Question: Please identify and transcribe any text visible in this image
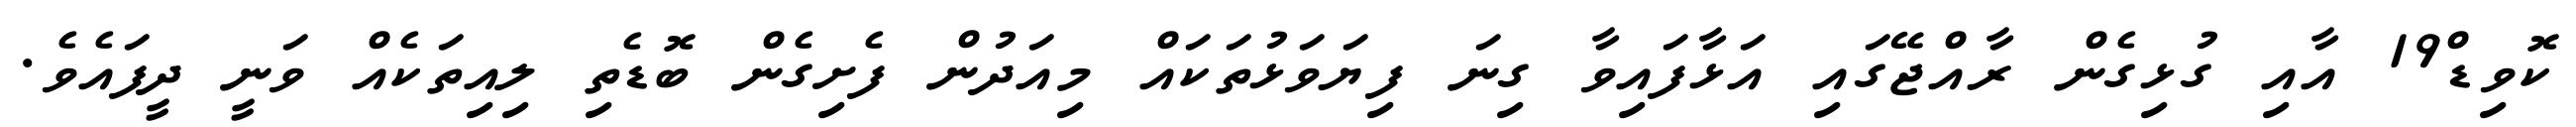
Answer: ކޮވިޑް19 އާއި ގުޅިގެން ރާއްޖޭގައި އަޅާފައިވާ ގިނަ ފިޔަވަޅުތަކައް މިއަދުން ފެށިގެން ބޮޑެތި ލިއިތަކެއް ވަނީ ދީފައެވެ.